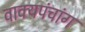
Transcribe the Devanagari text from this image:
वाक्यपंचांग